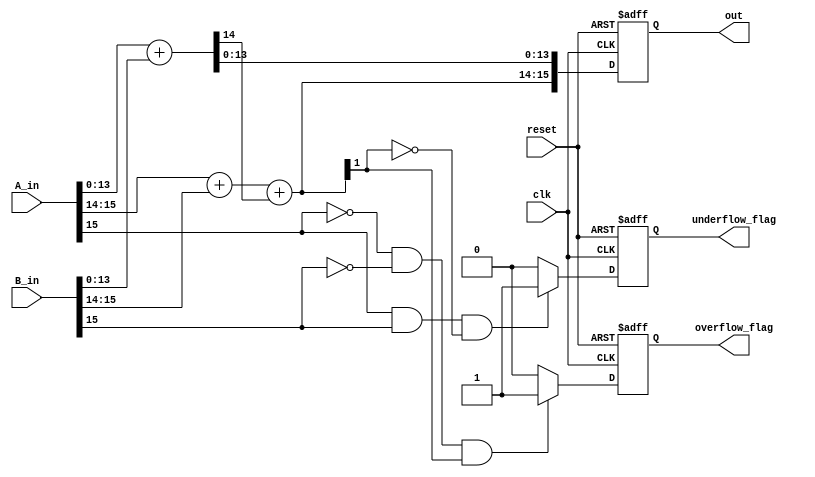
`timescale 1ns / 1ps
//////////////////////////////////////////////////////////////////////////////////
// Company: 
// Engineer: 
// 
// Design Name: 
// Module Name: add
// Project Name: 
// Target Devices: 
// Tool Versions: 
// Description: 
// 
// Dependencies: 
// 
// Revision:
// Revision 0.01 - File Created
// Additional Comments:
// 
//////////////////////////////////////////////////////////////////////////////////


module add #(
    parameter data_width = 16,
    parameter frac_width = 14,
    parameter int_width = 2
)
(
    input clk,
    input reset,
    input signed [data_width-1:0] A_in,
    input  signed [data_width-1:0] B_in,
    output reg signed [data_width-1:0] out,
    output reg overflow_flag,
    output reg underflow_flag
);

    // Extract integer and fractional parts of A_in and B_in
    wire signed [int_width-1:0] a_int = A_in[data_width-1:data_width-int_width];
    wire signed [frac_width-1:0] a_frac = A_in[frac_width-1:0];
    wire signed [int_width-1:0] b_int = B_in[data_width-1:data_width-int_width];
    wire signed [frac_width-1:0] b_frac = B_in[frac_width-1:0];

    reg signed [frac_width:0] fracp;  // Extra bit for carry
    reg signed [int_width:0] intp;    // Extra bit for carry
    reg signed [data_width:0] temp;   // Extra bit for carry

    always @(posedge clk or posedge reset) begin
        if (reset) begin
            out <= 0;
            overflow_flag <= 0;
            underflow_flag <= 0;
            fracp <= 0;
            intp <= 0;
            temp <= 0;
        end else begin
            // Add fractional parts
            fracp = a_frac + b_frac;

            // If there's a carry from the fractional addition, add it to the integer part
            intp = a_int + b_int + fracp[frac_width];

            // Concatenate the integer and fractional parts
            temp = {intp[int_width-1:0], fracp[frac_width-1:0]};
            out <= temp[data_width-1:0];
            
            // Reset flags
            overflow_flag <= 0;
            underflow_flag <= 0;

            // Underflow logic: If both inputs are negative and the result is positive
            if (A_in[data_width-1] == 1'b1 && B_in[data_width-1] == 1'b1 && temp[data_width-1] == 1'b0) begin
                underflow_flag <= 1'b1;
            end

            // Overflow logic: If both inputs are positive and the result is negative
            if (A_in[data_width-1] == 1'b0 && B_in[data_width-1] == 1'b0 && temp[data_width-1] == 1'b1) begin
                overflow_flag <= 1'b1;
            end
        end
    end
endmodule